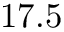
1 7 . 5